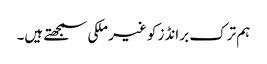
ہم ترک برانڈز کو غیر ملکی سمجھتے ہیں۔